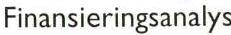
Finansieringsanalys